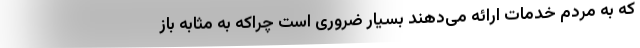
که به مردم خدمات ارائه می‌دهند بسیار ضروری است چراکه به مثابه باز